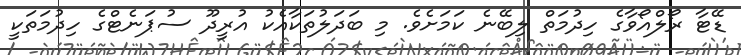
ޑޭޓާ ރޯލްއޯވާގެ ހިދުމަތް ލިބޭނެ ކަމަށެވެ. މި ބަދަލުތަކާއެކު އުރީދޫ ސުޕަނެޓްގެ ހިދުމަތަކީ